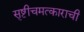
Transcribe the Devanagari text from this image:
सृष्टीचमत्काराची